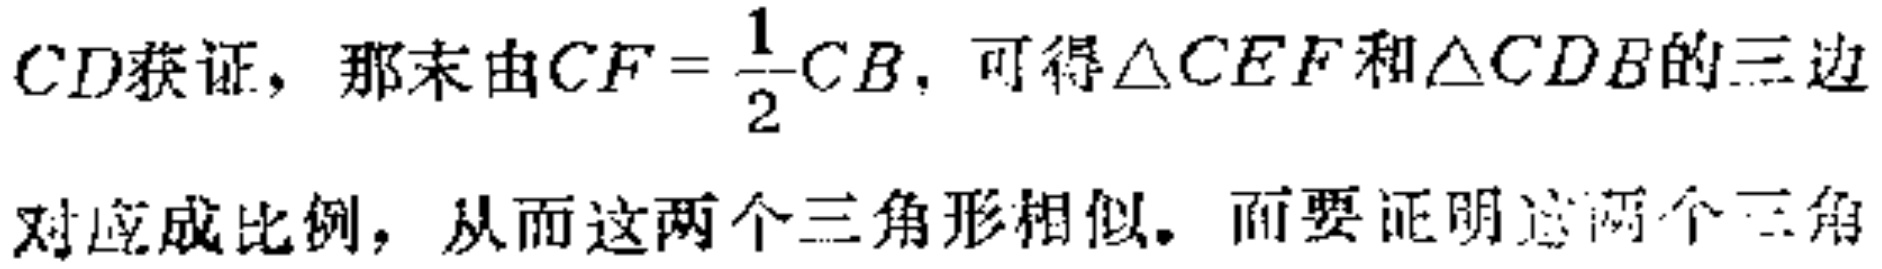
$CD获证，那末由CF = \frac{1}{2}CB，可得\triangle CEF和\triangle CDB的三边$
$对应成比例，从而这两个三角形相似。而要证明这两个三角$